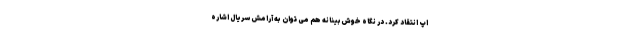
اپ انتقاد کرد. در نگاه خوش‌بینانه هم می توان به آرامش سریال اشاره